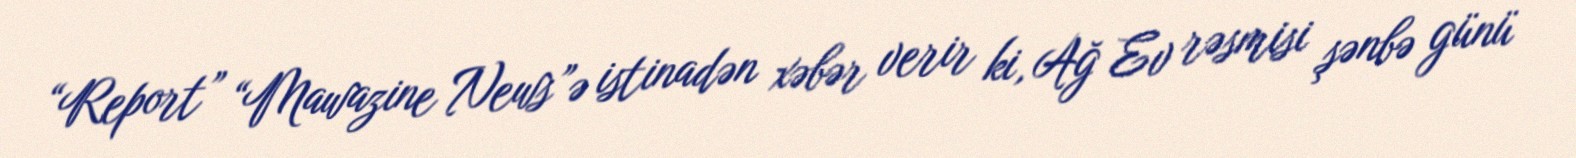
“Report” “Mawazine News”ə istinadən xəbər verir ki, Ağ Ev rəsmisi şənbə günü